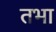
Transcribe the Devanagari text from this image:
तभा